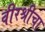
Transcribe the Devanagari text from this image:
वीरश्रीचा